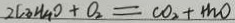
2 C _ { 3 } H _ { 4 } O + O _ { 2 } = C O _ { 2 } + H _ { 2 } O